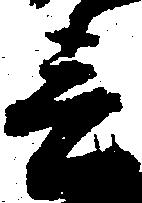
春